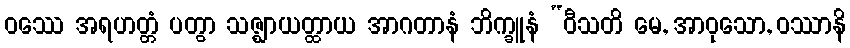
ဝဿေ အရဟတ္တံ ပတွာ သဇ္ဈာယတ္ထာယ အာဂတာနံ ဘိက္ခူနံ “ဝီသတိ မေ, အာဝုသော, ဝဿာနိ